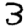
Digit: 3